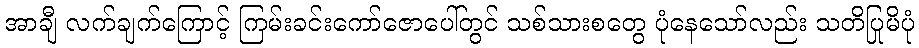
အာချီ လက်ချက်ကြောင့် ကြမ်းခင်းကော်ဇောပေါ်တွင် သစ်သားစတွေ ပုံနေသော်လည်း သတိပြုမိပုံ